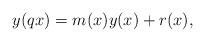
LaTeX: \begin{align*}y(qx)=m(x)y(x)+r(x),\end{align*}